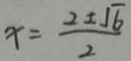
x = \frac { 2 \pm \sqrt { 6 } } { 2 }